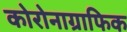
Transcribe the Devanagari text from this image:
कोरोनाग्राफिक